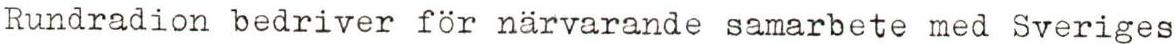
Rundradion bedriver för narvarande samarbete med Sveriges